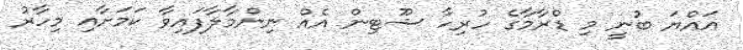
އައްޔަ ބުނީ މި ޑްރާމާގެ ހުރިހާ ޝޫޓިން އެއް ނިންމާލާފައިވާ ކަމަށާއި މިހާރު